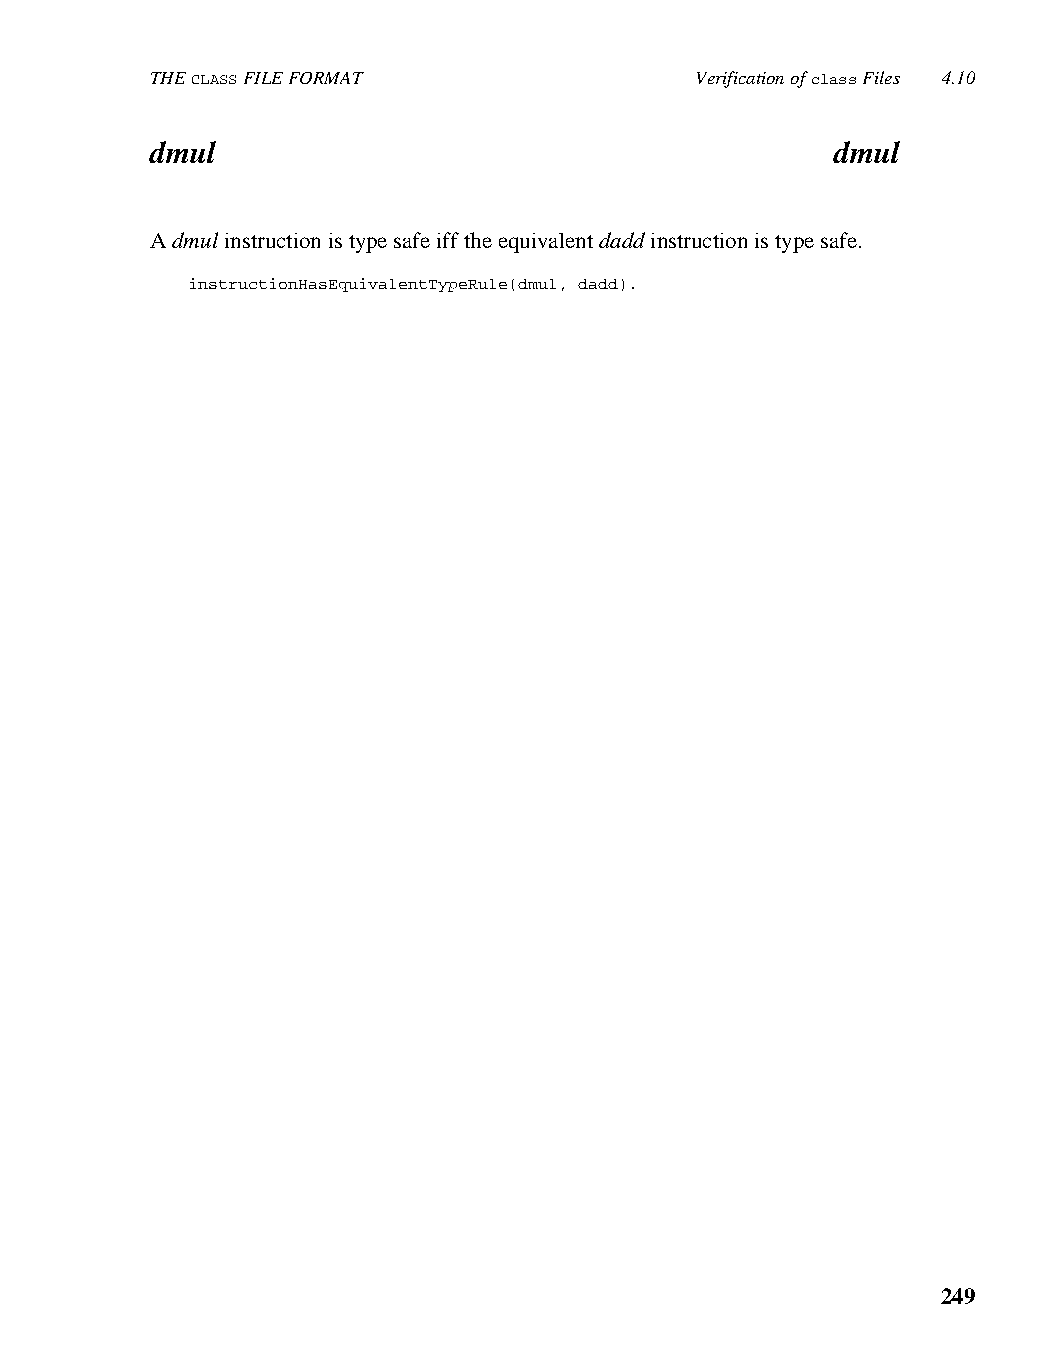
THE CLASS FILE FORMAT               Verification of class Files 4.10
 dmul                                         dmul
 A dmul instruction is type safe iff the equivalent dadd instruction is type safe.
 instructionHasEquivalentTypeRule(dmul, dadd).
 249